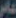
عامر